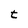
Character: t